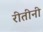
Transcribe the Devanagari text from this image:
रीतीनी